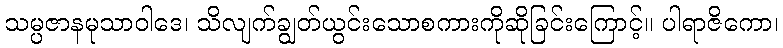
သမ္ပဇာနမုသာဝါဒေ၊ သိလျက်ချွတ်ယွင်းသောစကားကိုဆိုခြင်းကြောင့်။ ပါရာဇိကော၊